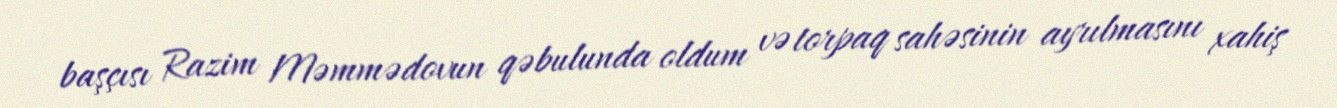
başçısı Razim Məmmədovun qəbulunda oldum və torpaq sahəsinin ayrılmasını xahiş